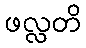
ဖလ္လတိ